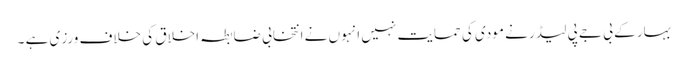
بہار کے بی جے پی لیڈر نے مودی کی حمایت نہیں انہوں نے انتخابی ضابطہ اخلاق کی خلاف ورزی ہے ۔